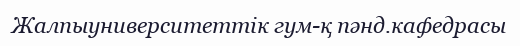
Жалпыуниверситеттік гум-қ пәнд.кафедрасы